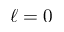
\ell = 0